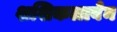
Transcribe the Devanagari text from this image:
शशिकलाबेन